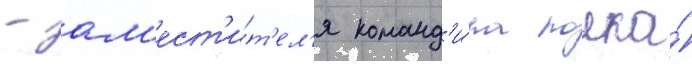
- зам'ест'и́т'ел'я команд'и́ра полка́